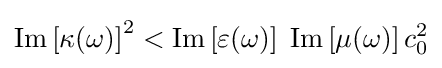
{\text{Im}}\left[\kappa (\omega )\right]^{2}<{\text{Im}}\left[\varepsilon (\omega )\right]\;{\text{Im}}\left[\mu (\omega )\right]c_{0}^{2}